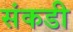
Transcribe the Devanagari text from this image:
संकडी